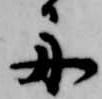
舟